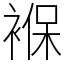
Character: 褓